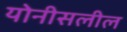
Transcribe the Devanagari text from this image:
योनीसलील